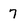
Character: 7